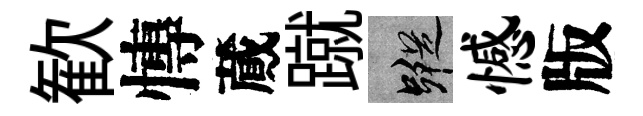
歓慱蕆蹴蹤憾版